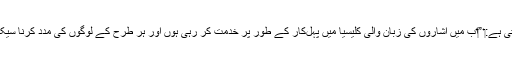
‏ وہ بہن کہتی ہے:‏ ”‏اب مَیں اِشاروں کی زبان والی کلیسیا میں پہل‌کار کے طور پر خدمت کر رہی ہوں اور ہر طرح کے لوگوں کی مدد کرنا سیکھ رہی ہوں۔